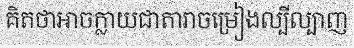
គិតថាអាចក្លាយជាតារាចម្រៀងល្បីល្បាញ